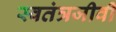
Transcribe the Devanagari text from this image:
स्वतंत्रजीवी